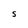
Character: S